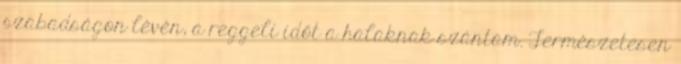
szabadságon lévén, a reggeli időt a halaknak szántam. Természetesen